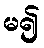
မ၍